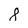
Character: 8